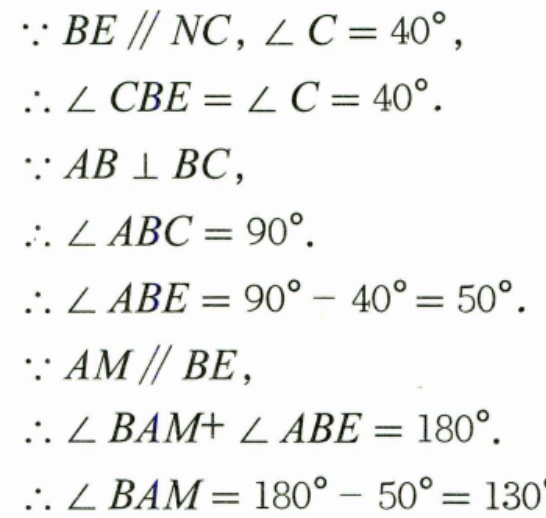
\(\because BE\parallel NC,\angle C = 40^{\circ}\)，
\(\therefore\angle CBE=\angle C = 40^{\circ}\).
\(\because AB\perp BC\)，
\(\therefore\angle ABC = 90^{\circ}\).
\(\therefore\angle ABE=90^{\circ}-40^{\circ}=50^{\circ}\).
\(\because AM\parallel BE\)，
\(\therefore\angle BAM+\angle ABE = 180^{\circ}\).
\(\therefore\angle BAM=180^{\circ}-50^{\circ}=130\)